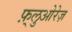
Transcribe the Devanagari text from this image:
फ़्लुओरेज़